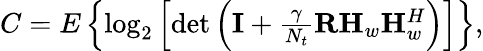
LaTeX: \begin{array}{r}{C=E\left\{ \log_{2}\left[\operatorname*{det}\left(\mathbf{I}+\frac{\gamma}{N_{t}}\mathbf{R}\mathbf{H}_{w}\mathbf{H}_{w}^{H}\right)\right]\right\} ,}\end{array}